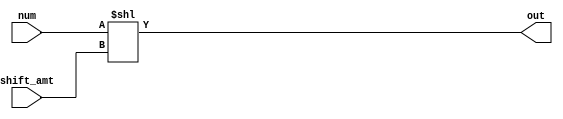
module shift(num, shift_amt,out);
        input [15:0]num;
        input [15:0]shift_amt;
        output wire [15:0]out;

        assign out = num << shift_amt;
endmodule